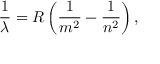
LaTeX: { \frac { 1 } { \lambda } } = R \left( { \frac { 1 } { m ^ { 2 } } } - { \frac { 1 } { n ^ { 2 } } } \right) ,